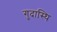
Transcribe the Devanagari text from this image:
गुदास्थि